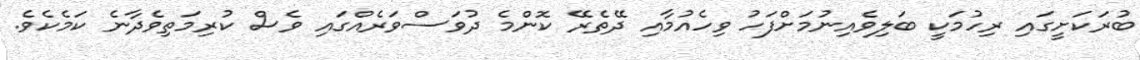
ބުރަކަށީގައި ރިހުމަކީ ބަލިވެއިނުމަށްފަހު ވިހެއުމާއި ދޭތެރޭ ކޮންމެ ދުވަސްވަރެއްގައި ވެސް ކުރިމަތިވެދާނެ ކަމެކެވެ.